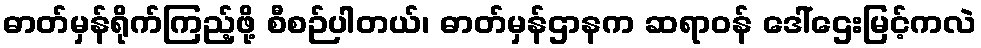
ဓာတ်မှန်ရိုက်ကြည့်ဖို့ စီစဉ်ပါတယ်၊ ဓာတ်မှန်ဌာနက ဆရာဝန် ဒေါ်ဌေးမြင့်ကလဲ